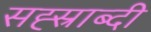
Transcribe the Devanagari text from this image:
सह्स्राब्दी